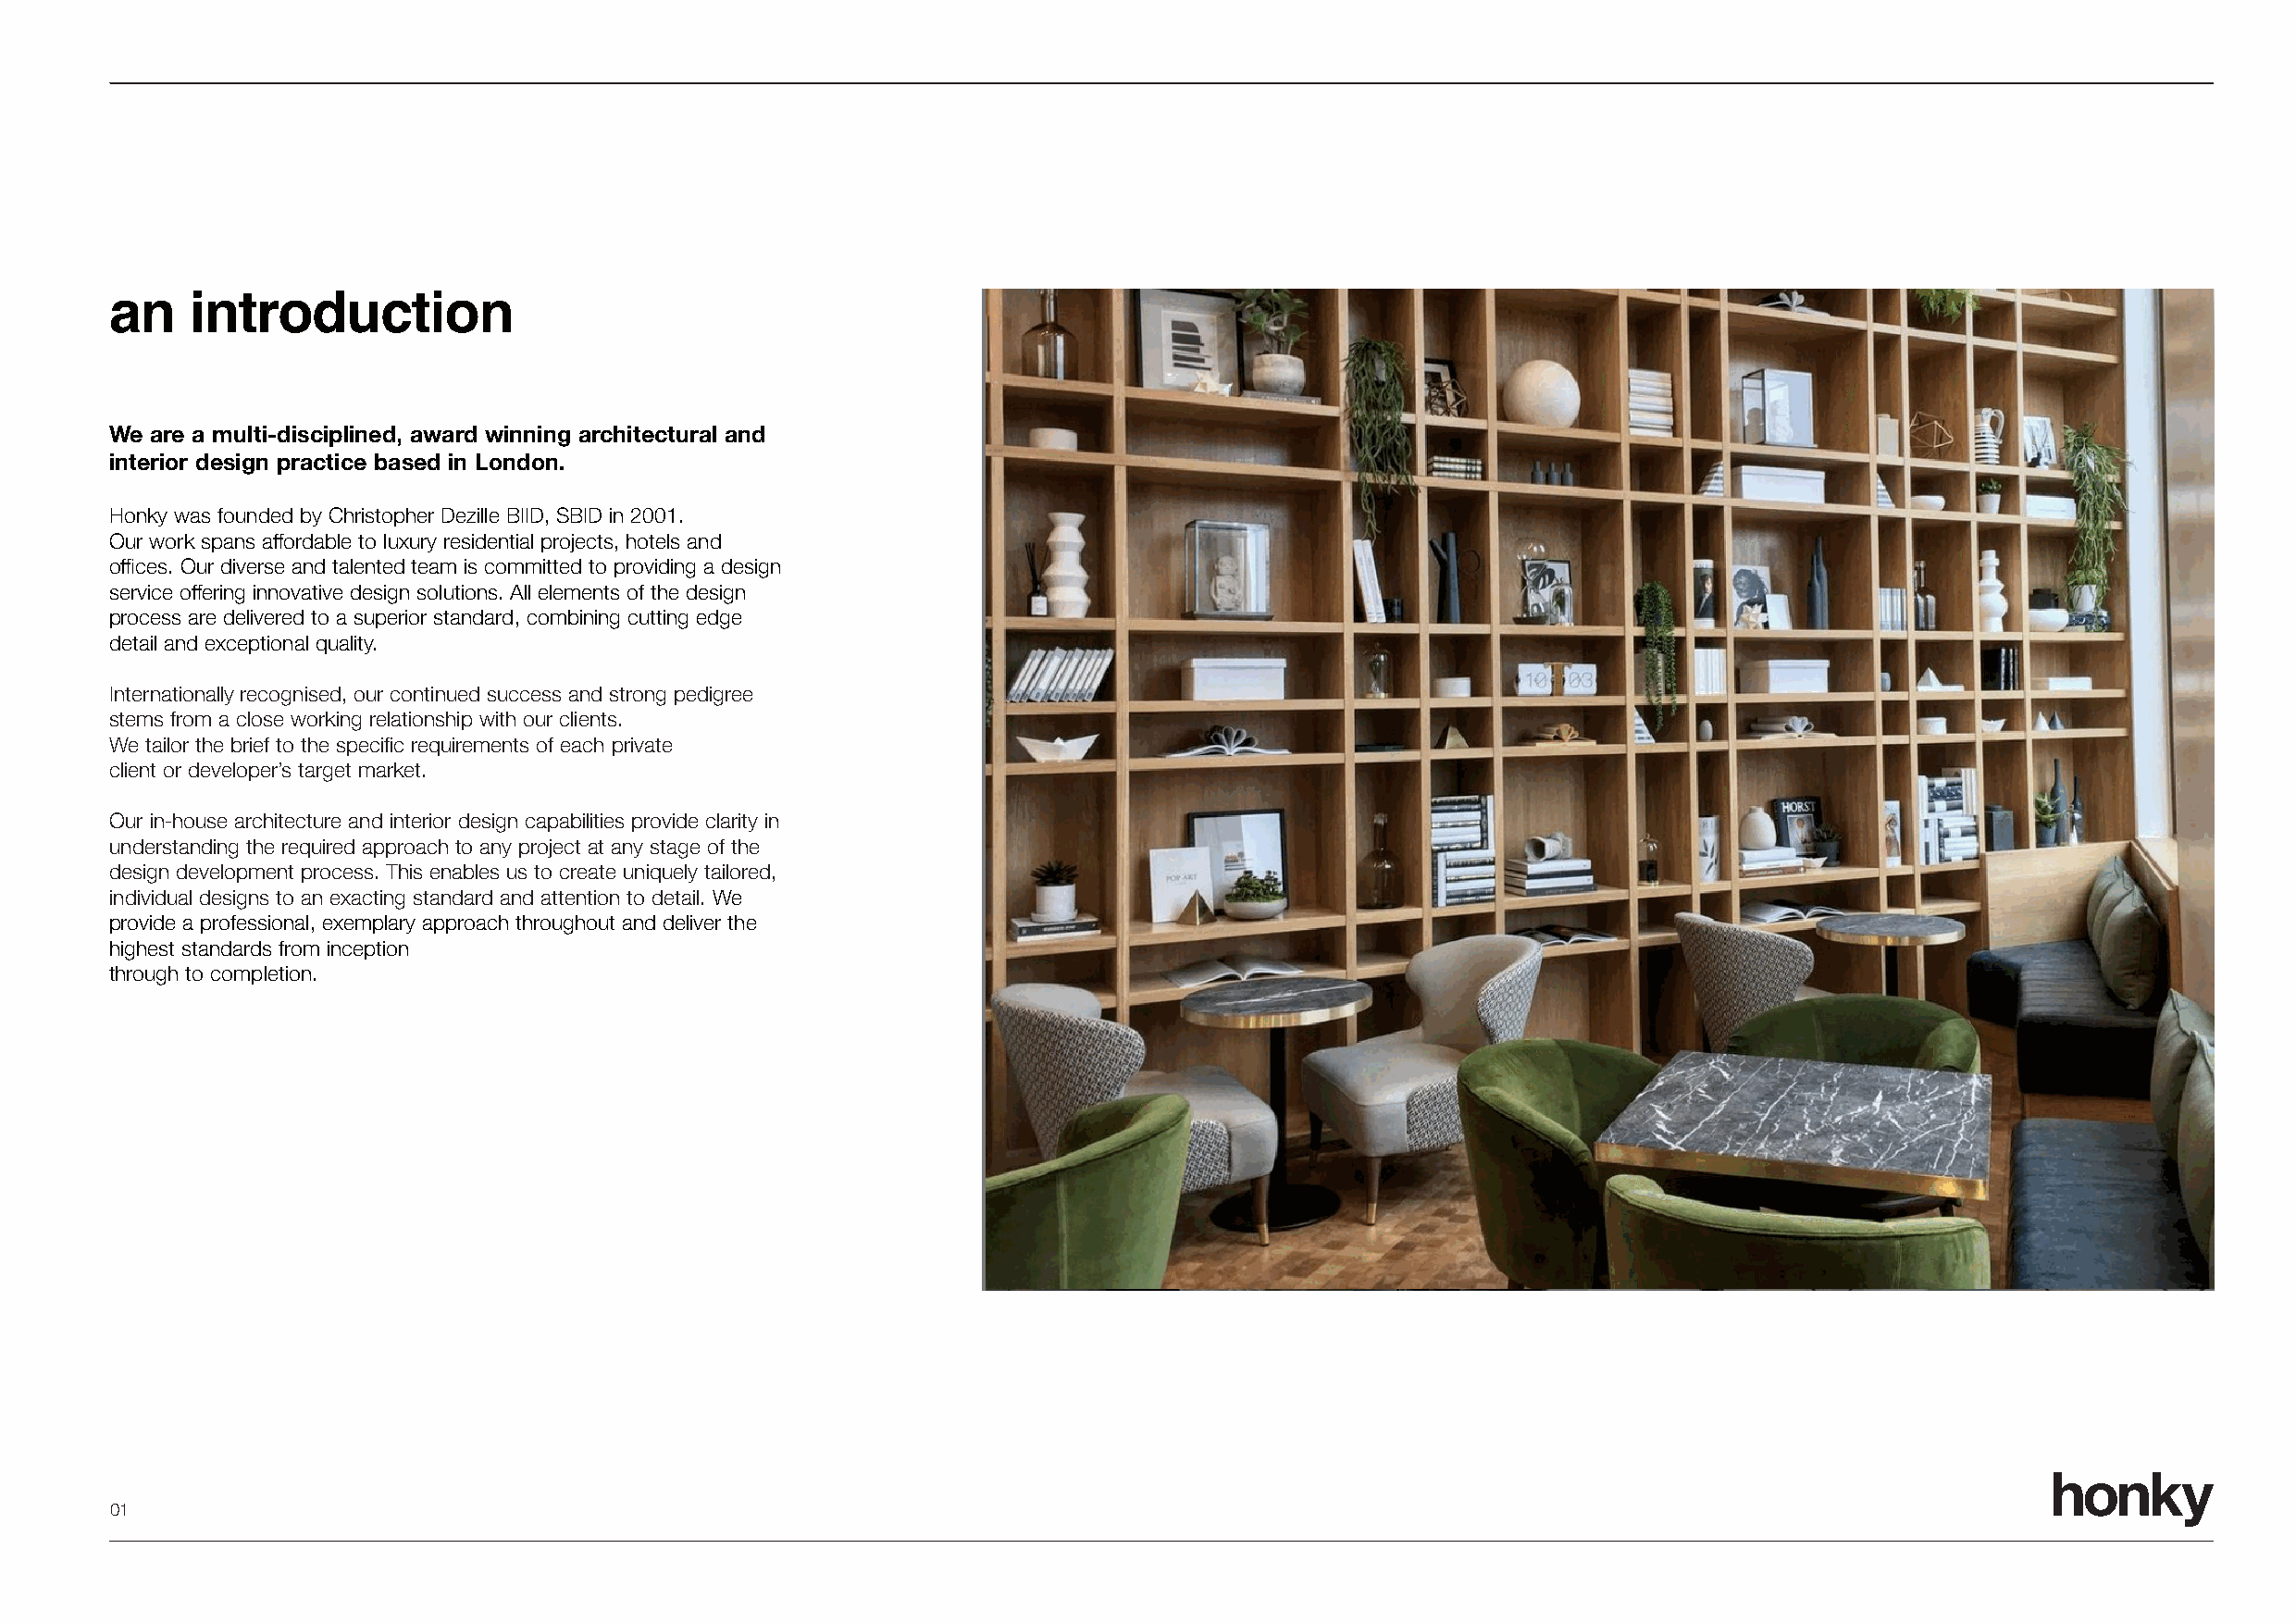
an    introduction
 We are a multi-disciplined, award winning architectural and
 interior design practice based in London.
 Honky was founded by Christopher Dezille BIID, SBID in 2001.
 Our work spans affordable to luxury residential projects, hotels and
 offices. Our diverse and talented team is committed to providing a design
 service offering innovative design solutions. All elements of the design
 process are delivered to a superior standard, combining cutting edge
 detail and exceptional quality.
 Internationally recognised, our continued success and strong pedigree
 stems from a close working relationship with our clients.
 We tailor the brief to the specific requirements of each private
 client or developer’s target market.
 Our in-house architecture and interior design capabilities provide clarity in
 understanding the required approach to any project at any stage of the
 design development process. This enables us to create uniquely tailored,
 individual designs to an exacting standard and attention to detail. We
 provide a professional, exemplary approach throughout and deliver the
 highest standards from inception
 through to completion.
 honky
 01